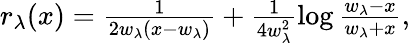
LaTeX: \begin{array}{r}{r_{\lambda}(x)=\frac{1}{2w_{\lambda}(x-w_{\lambda})}+\frac{1}{4w_{\lambda}^{2}}\log\frac{w_{\lambda}-x}{w_{\lambda}+x},}\end{array}